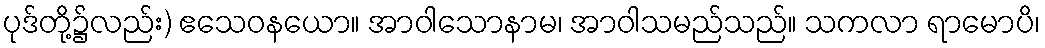
ပုဒ်တို့၌လည်း) ဧသေဝနယော။ အာဝါသောနာမ၊ အာဝါသမည်သည်။ သကလာ ရာမောပိ၊